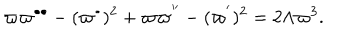
LaTeX: \varpi \varpi ^ { \bullet \bullet } - ( \varpi ^ { \bullet } ) ^ { 2 } + \varpi \varpi ^ { ^ { \prime \prime } } - ( \varpi ^ { ^ { \prime } } ) ^ { 2 } = 2 \Lambda \varpi ^ { 3 } .